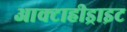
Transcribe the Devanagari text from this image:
आक्टाहीड्राइट